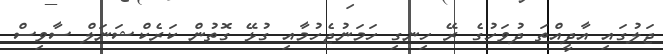
ޖަލުގައި އާދީއްތަ ދުވަހުގެ ރޭ ހިނގި ހަމަނުޖެހުމާއި ގުޅޭ ގޮތުން ކަރެކްޝަނަލް ސާވިސް